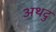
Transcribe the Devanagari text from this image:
अथदु